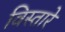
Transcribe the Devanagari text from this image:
विस्तारे